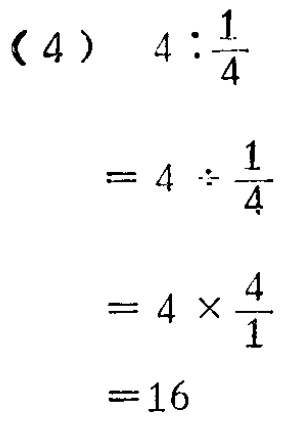
\begin{align*}

(4)\quad4:\frac{1}{4}&\\

&=4\div\frac{1}{4}\\

&=4\times\frac{4}{1}\\

&=16

\end{align*}